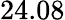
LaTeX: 24.08